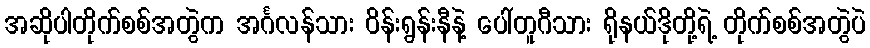
အဆိုပါတိုက်စစ်အတွဲက အင်္ဂလန်သား ဝိန်းရွန်းနီနဲ့ ပေါ်တူဂီသား ရိုနယ်ဒိုတို့ရဲ့ တိုက်စစ်အတွဲပဲ